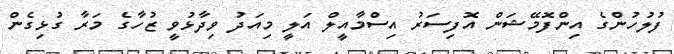
ފުލުހުންގެ އިންފޮމޭޝަން އޮފިސަރު އިސްމާއީލް އަލީ މިއަދު ވިދާޅުވީ ޒުހާގެ މަރާ ގުޅިގެން